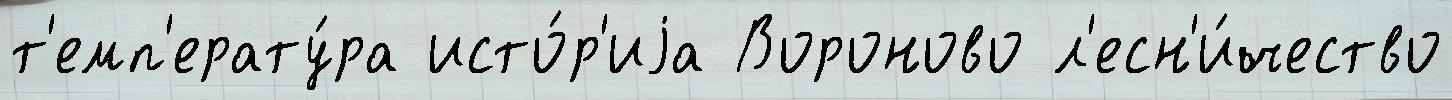
т'емп'ерату́ра исто́р'иjа Вороново л'есн'и́чество